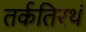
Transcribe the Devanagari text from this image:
तर्कतिरथं